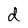
Character: d